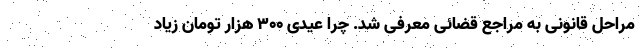
مراحل قانونی به مراجع قضائی معرفی شد. چرا عیدی ۳۰۰ هزار تومان زیاد